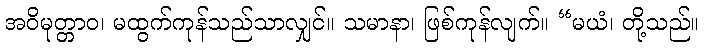
အဝိမုတ္တာဝ၊ မထွက်ကုန်သည်သာလျှင်။ သမာနာ၊ ဖြစ်ကုန်လျက်။ “မယံ၊ တို့သည်။